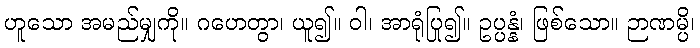
ဟူသော အမည်မျှကို။ ဂဟေတွာ၊ ယူ၍။ ဝါ၊ အာရုံပြု၍။ ဥပ္ပန္နံ၊ ဖြစ်သော။ ဉာဏမ္ပိ၊